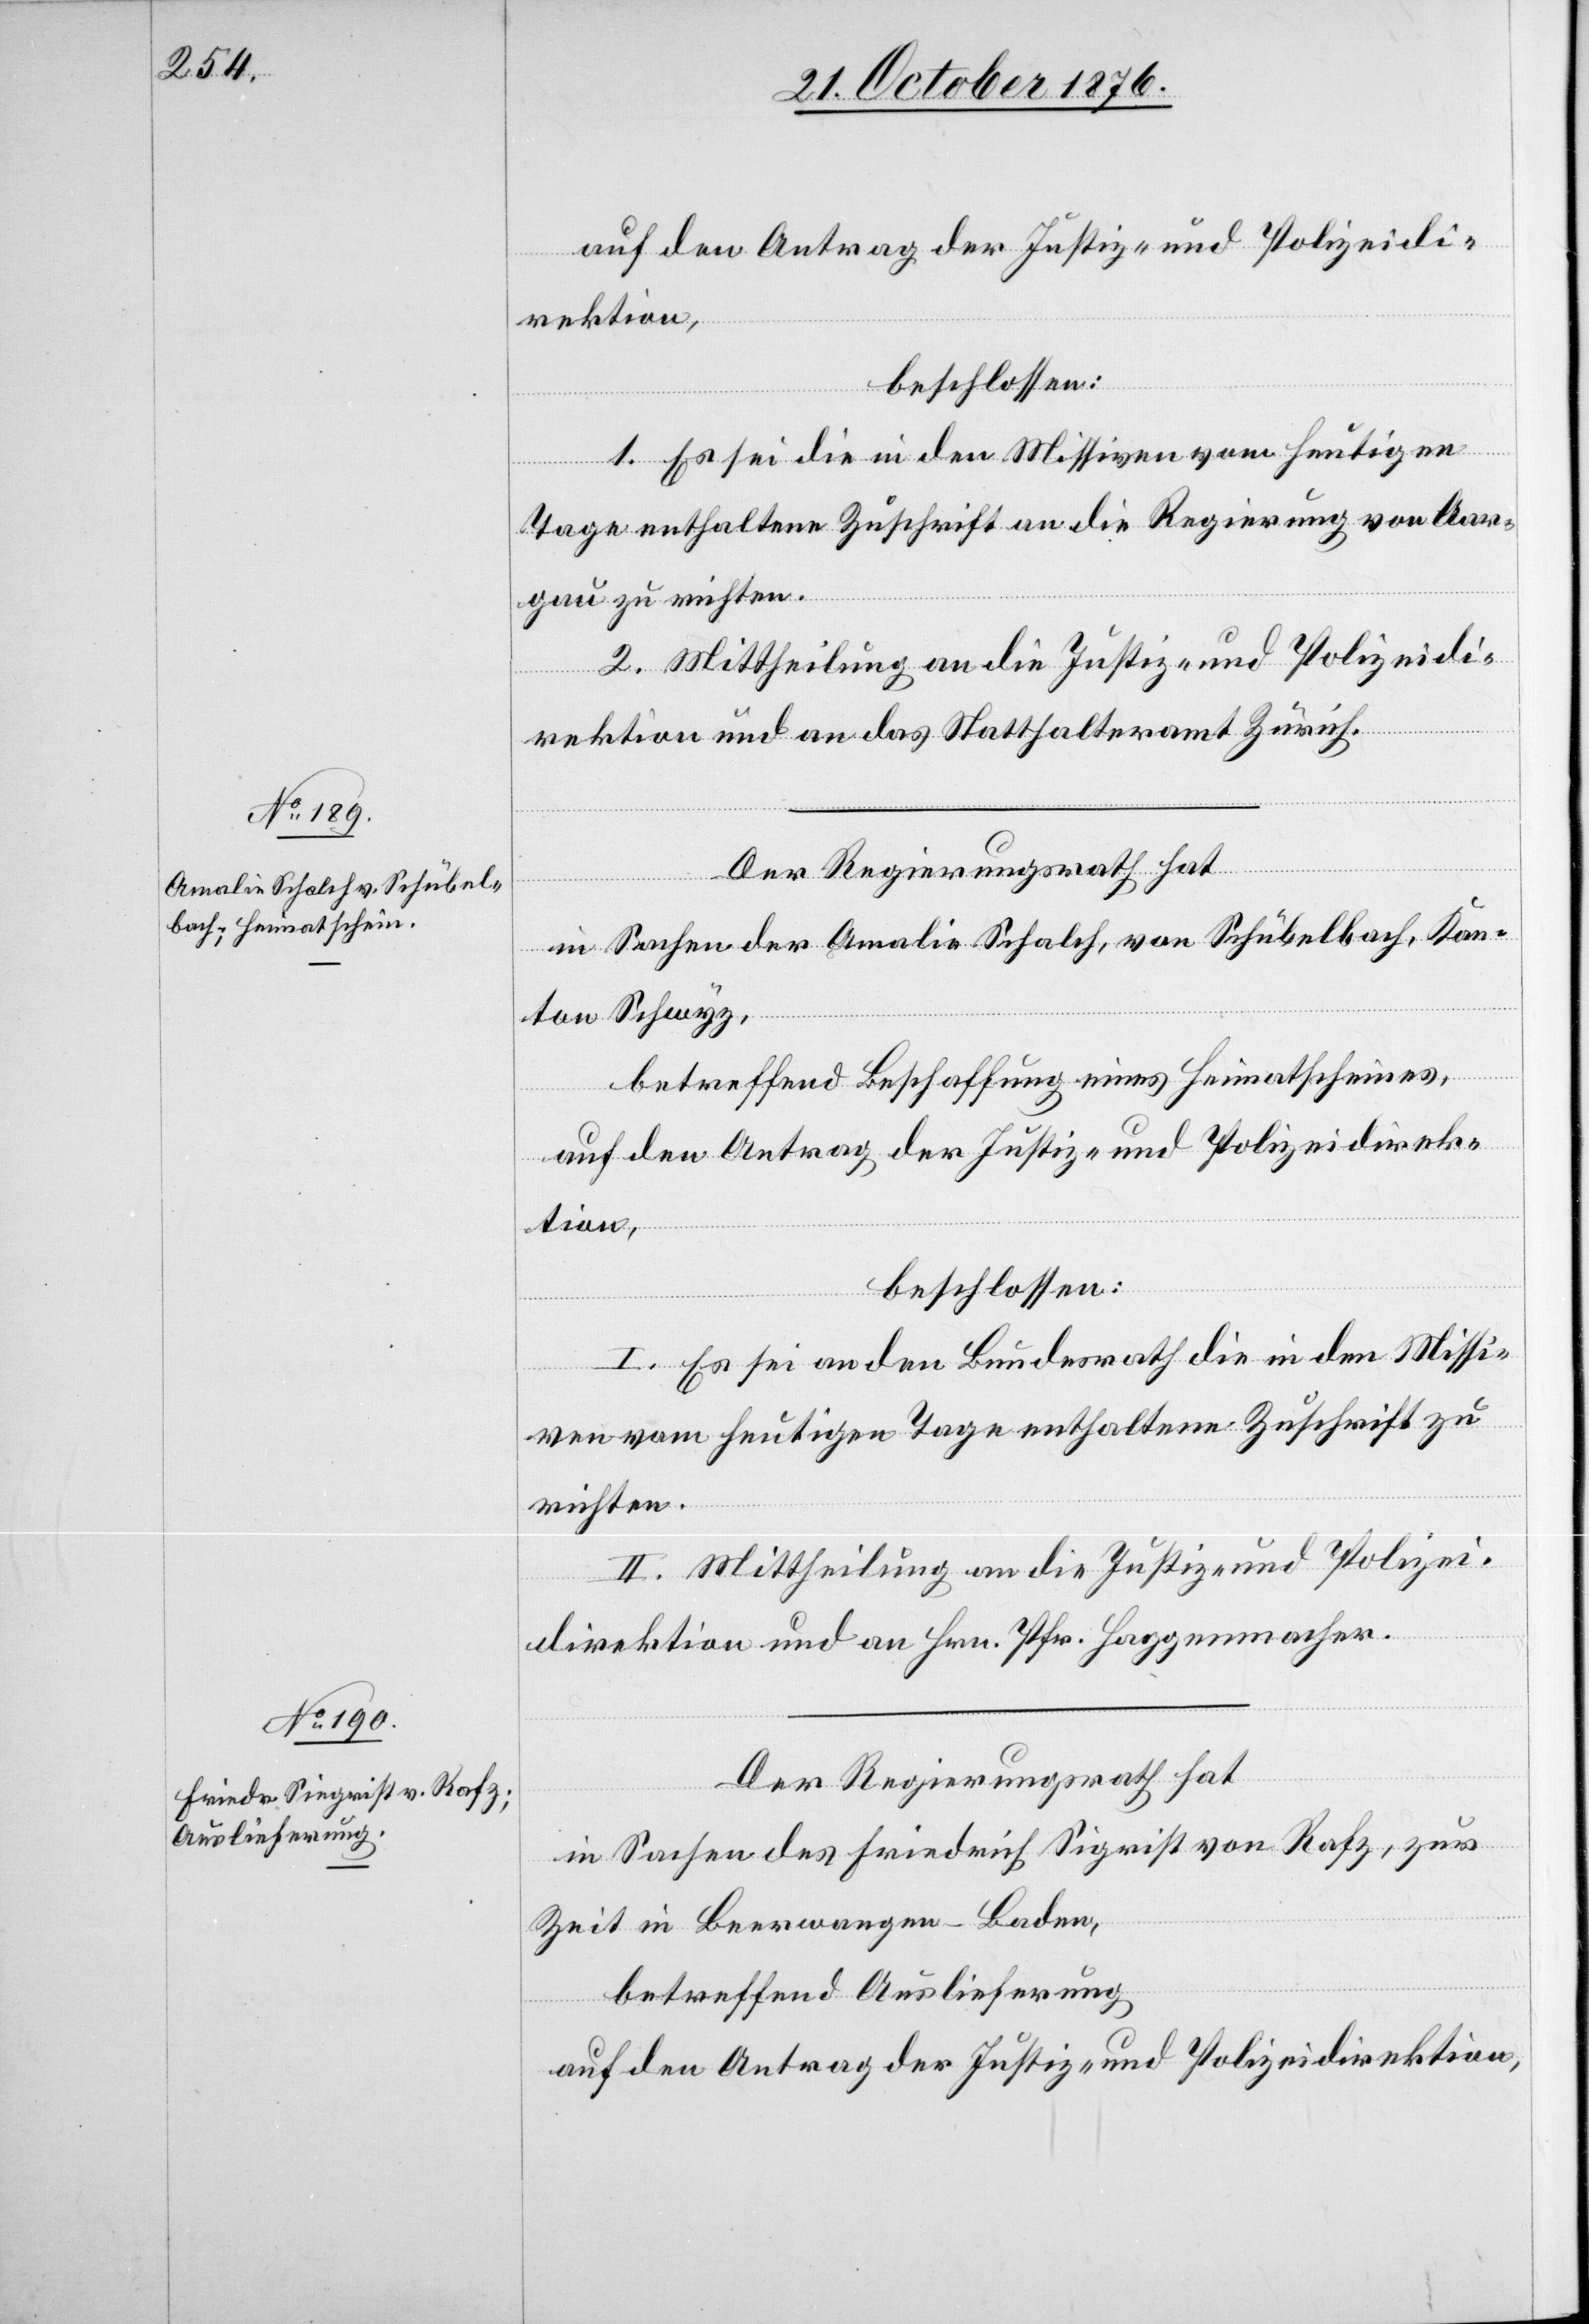
auf den Antrag der Justiz- und Polizeidi¬
rektion,
beschlossen:
1. Es sei die in den Missiven vom heutigen
Tage enthaltene Zuschrift an die Regierung von Aar¬
gau zu richten.
2. Mittheilung an die Justiz- und Polizeidi¬
rektion und an das Statthalteramt Zürich.
Der Regierungsrath hat
in Sachen der Amalie Schalch, von Schübelbach, Kan¬
ton Schwyz,
betreffend Beschaffung eines Heimatscheines,
auf den Antrag der Justiz- und Polizeidirek¬
tion,
beschlossen:
I. Es sei an den Bundesrath die in den Missi¬
ven vom heutigen Tage enthaltene Zuschrift zur
richten.
II. Mittheilung an die Justiz- und Polizei¬
direktion und an Hrn. Pfr. Haggenmacher.
Der Regierungsrath hat
in Sachen des Friedrich Sigrist [sic!] von Rafz, zur
Zeit in Beerwangen - Baden,
betreffend Auslieferung
auf den Antrag der Justiz- und Polizeidirektion,